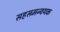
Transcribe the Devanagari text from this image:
सहसमन्वयक